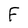
Character: F